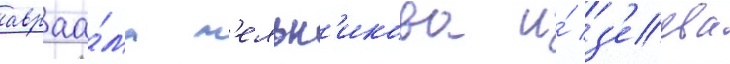
авраа́ма м'ельн'икова и́ з'еева